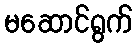
မဆောင်ရွက်